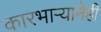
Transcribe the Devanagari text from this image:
कारभार्‍यानेही